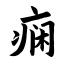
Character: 痫